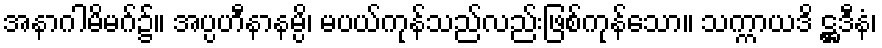
အနာဂါမိမဂ်၌။ အပ္ပဟီနာနမ္ပိ၊ မပယ်ကုန်သည်လည်းဖြစ်ကုန်သော။ သက္ကာယဒိ ဋ္ဌဒီနံ၊